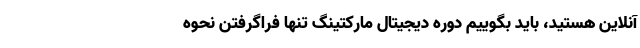
آنلاین هستید، باید بگوییم دوره دیجیتال مارکتینگ تنها فراگرفتن نحوه